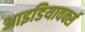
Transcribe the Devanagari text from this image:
आइडियावर्क्स